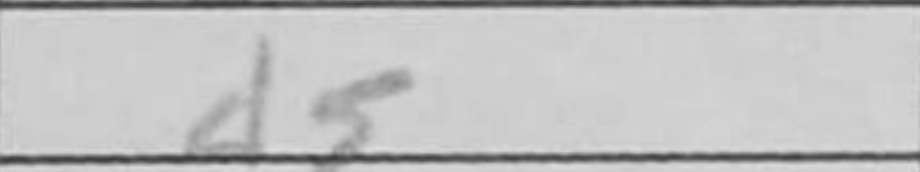
Transcription: d5